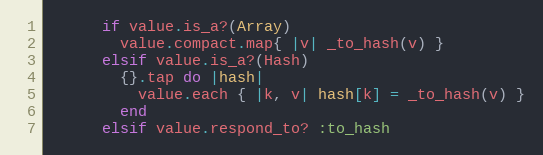
Language: Ruby
      if value.is_a?(Array)
        value.compact.map{ |v| _to_hash(v) }
      elsif value.is_a?(Hash)
        {}.tap do |hash|
          value.each { |k, v| hash[k] = _to_hash(v) }
        end
      elsif value.respond_to? :to_hash